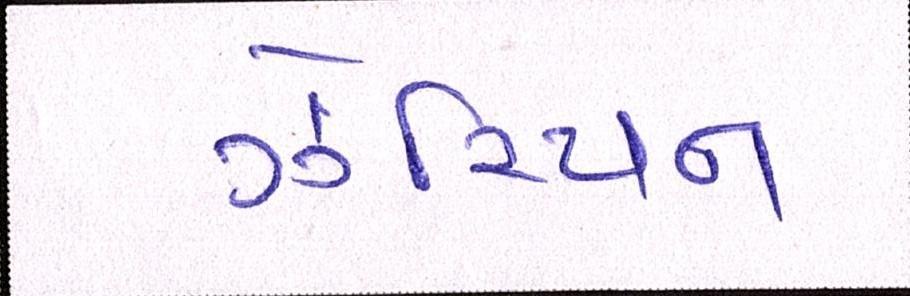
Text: ઝેરિયન